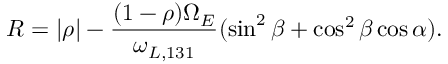
R = \lvert \rho \rvert - \frac { ( 1 - \rho ) \Omega _ { E } } { \omega _ { L , 1 3 1 } } ( \sin ^ { 2 } \beta + \cos ^ { 2 } \beta \cos \alpha ) .